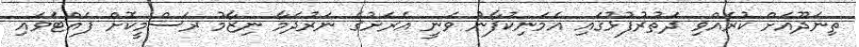
ތިނަދޫއަށް ކުރެއްވި ދަތުރުފުޅުގައި އެމަނިކުފާނު ވަނީ އެރަށުގެ ނަރުދަމާ ނިޒާމު ރަސްމީކޮށް ފައްޓަވައި